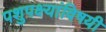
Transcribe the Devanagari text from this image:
पशुपक्ष्यांविषयी